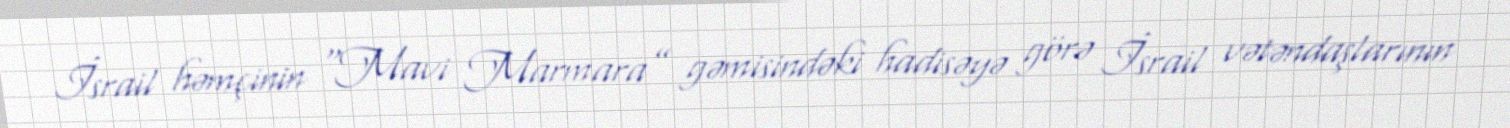
İsrail həmçinin “Mavi Marmara” gəmisindəki hadisəyə görə İsrail vətəndaşlarının